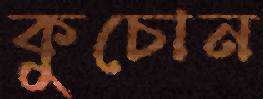
কুচোন